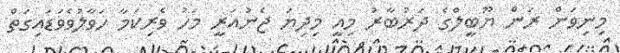
މިނިވަން ރަން ޔޫބީލްގެ ދަރުބާރު މިއީ މިިދިޔަ ޖެނުއަރީ މަހު ވެރިކަމާ ހަވާލުވެވަޑައިގަތް